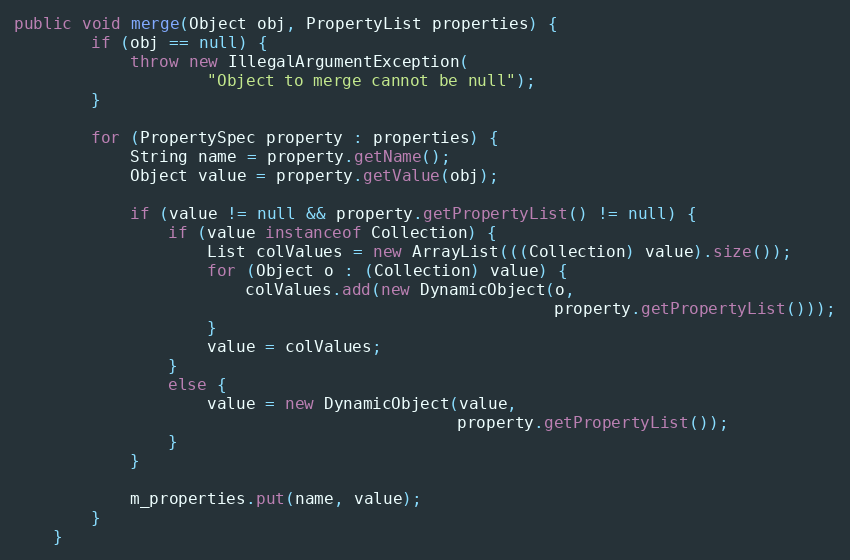
Language: Java
public void merge(Object obj, PropertyList properties) {
        if (obj == null) {
            throw new IllegalArgumentException(
                    "Object to merge cannot be null");
        }

        for (PropertySpec property : properties) {
            String name = property.getName();
            Object value = property.getValue(obj);

            if (value != null && property.getPropertyList() != null) {
                if (value instanceof Collection) {
                    List colValues = new ArrayList(((Collection) value).size());
                    for (Object o : (Collection) value) {
                        colValues.add(new DynamicObject(o,
                                                        property.getPropertyList()));
                    }
                    value = colValues;
                }
                else {
                    value = new DynamicObject(value,
                                              property.getPropertyList());
                }
            }

            m_properties.put(name, value);
        }
    }